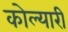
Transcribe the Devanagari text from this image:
कोल्यारी